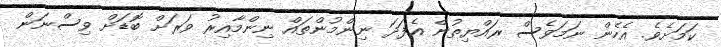
ކަމަށެވެ. އެހެން ނަމަވެސް ރައްޔިތުން އެފަދަ ނިންމުންތައް ނިންމާއިރު ވަރަށް ބޮޑަށް ވިސްނަން